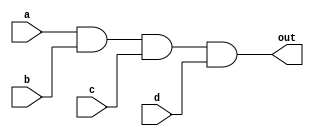
module four_input_and_gate (
    input wire a,
    input wire b,
    input wire c,
    input wire d,
    output reg out
);

assign out = a & b & c & d;

endmodule